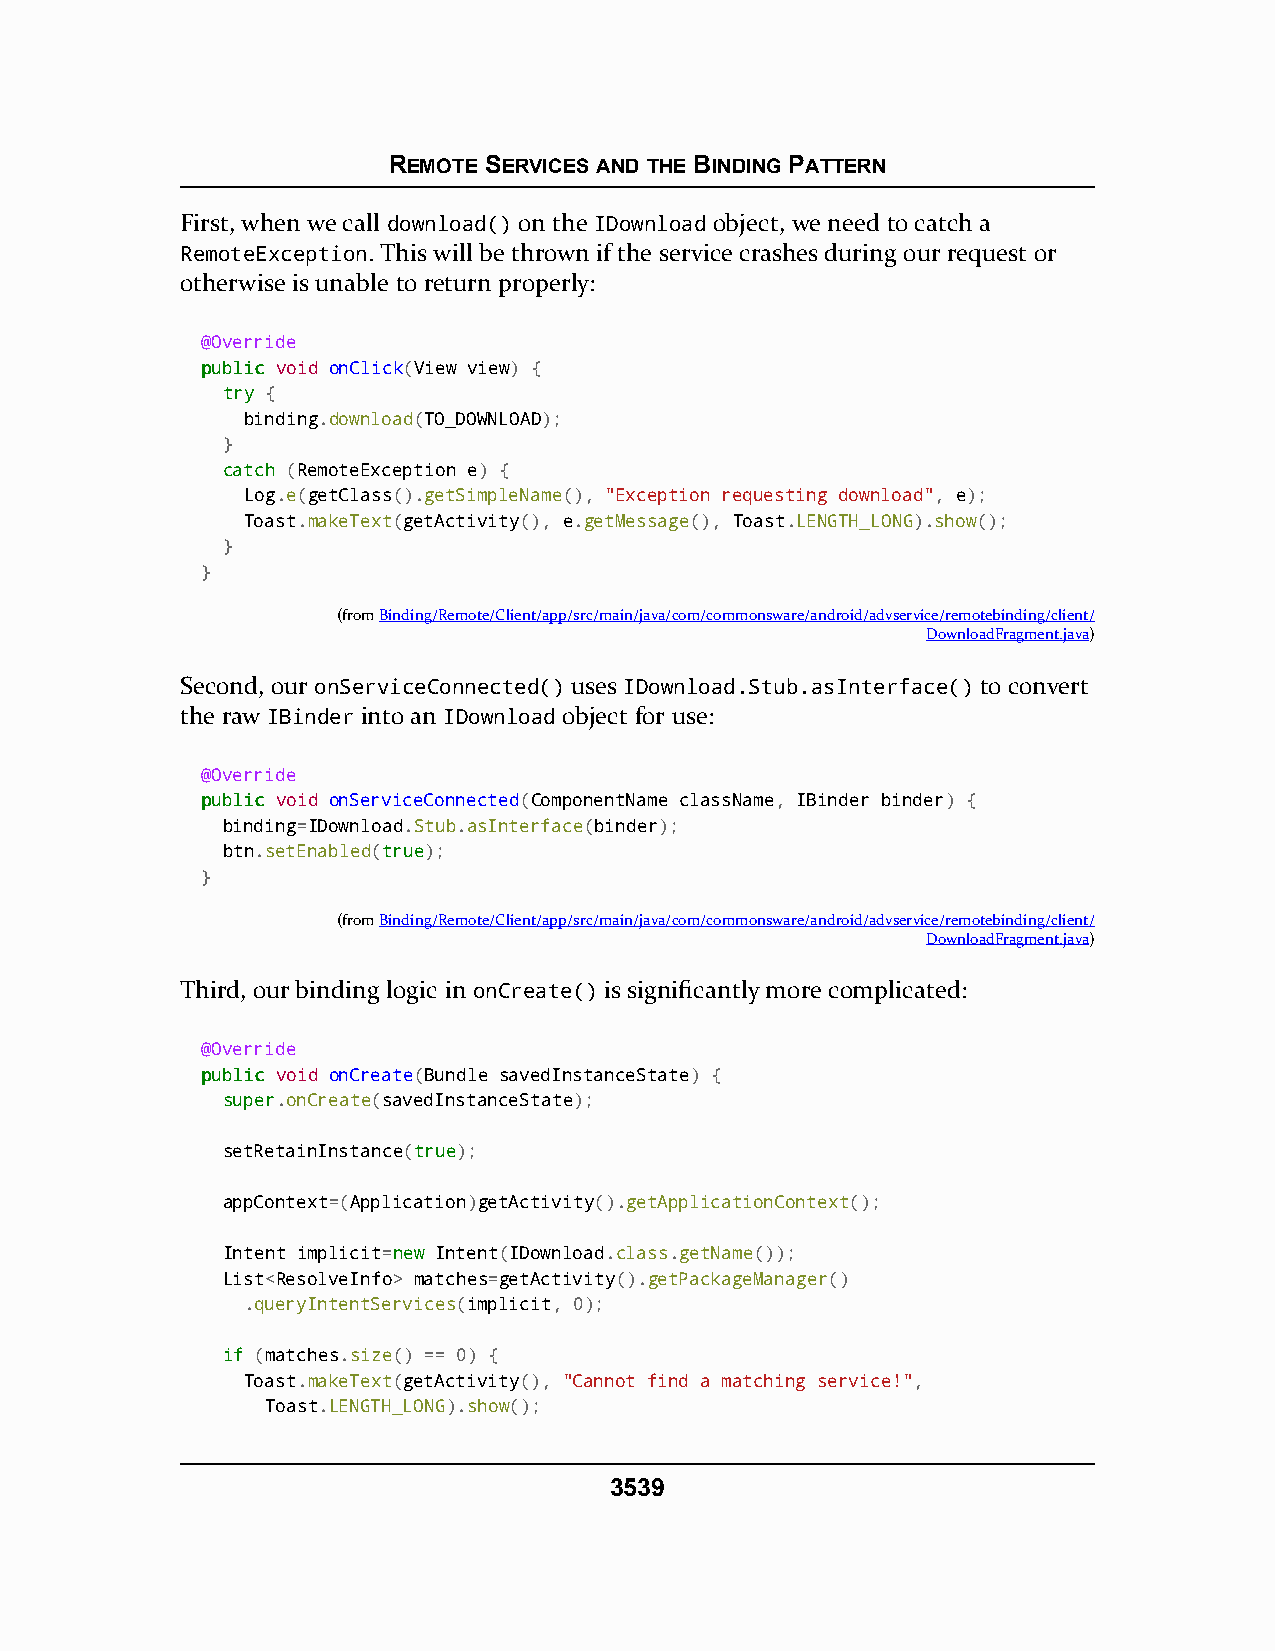
REMOTE SERVICES AND THE BINDING PATTERN
 First, when we call download() on the IDownload object, we need to catch a
 RemoteException. This will be thrown if the service crashes during our request or
 otherwise is unable to return properly:
 @Override
 ppuubblliicc void onClick(View view) {
 ttrryy {
 binding.download(TO_DOWNLOAD);
 }
 ccaattcchh (RemoteException e) {
 Log.e(getClass().getSimpleName(), "Exception requesting download", e);
 Toast.makeText(getActivity(), e.getMessage(), Toast.LENGTH_LONG).show();
 }
 }
 (fromBinding/Remote/Client/app/src/main/java/com/commonsware/android/advservice/remotebinding/client/
 DownloadFragment.java)
 Second, our onServiceConnected() uses IDownload.Stub.asInterface() to convert
 the raw IBinder into an IDownload object for use:
 @Override
 ppuubblliicc void onServiceConnected(ComponentName className, IBinder binder) {
 binding=IDownload.Stub.asInterface(binder);
 btn.setEnabled(ttrruuee);
 }
 (fromBinding/Remote/Client/app/src/main/java/com/commonsware/android/advservice/remotebinding/client/
 DownloadFragment.java)
 Third, our binding logic in onCreate() is significantly more complicated:
 @Override
 ppuubblliicc void onCreate(Bundle savedInstanceState) {
 ssuuppeerr.onCreate(savedInstanceState);
 setRetainInstance(ttrruuee);
 appContext=(Application)getActivity().getApplicationContext();
 Intent implicit=nneeww Intent(IDownload.class.getName());
 List<ResolveInfo> matches=getActivity().getPackageManager()
 .queryIntentServices(implicit, 0);
 iiff (matches.size() == 0) {
 Toast.makeText(getActivity(), "Cannot find a matching service!",
 Toast.LENGTH_LONG).show();
 3539